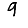
Digit: 9